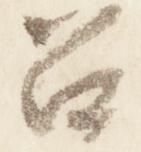
召